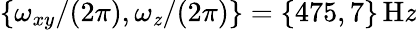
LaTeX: \{ \omega_{xy}/(2\pi),\omega_{\mathit{z}}/(2\pi)\} =\{ 475,7\} \, \mathrm{{H\mathit{z}}}